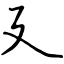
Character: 廴